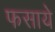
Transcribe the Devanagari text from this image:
फसाये